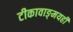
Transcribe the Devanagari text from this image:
टीकावाङ्‌मयही